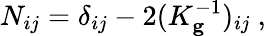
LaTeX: N_{ij}=\delta_{ij}-2(K_{\mathbf{g}}^{-1})_{ij}~,